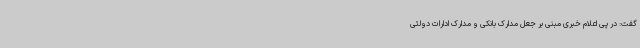
گفت: در پی اعلام خبری مبنی بر جعل مدارک بانکی و مدارک ادارات دولتی